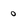
Character: o